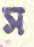
স